Civil Veterinary Dept. Bombay admin report 1907-1913 - 1907-1913
Year: 1907
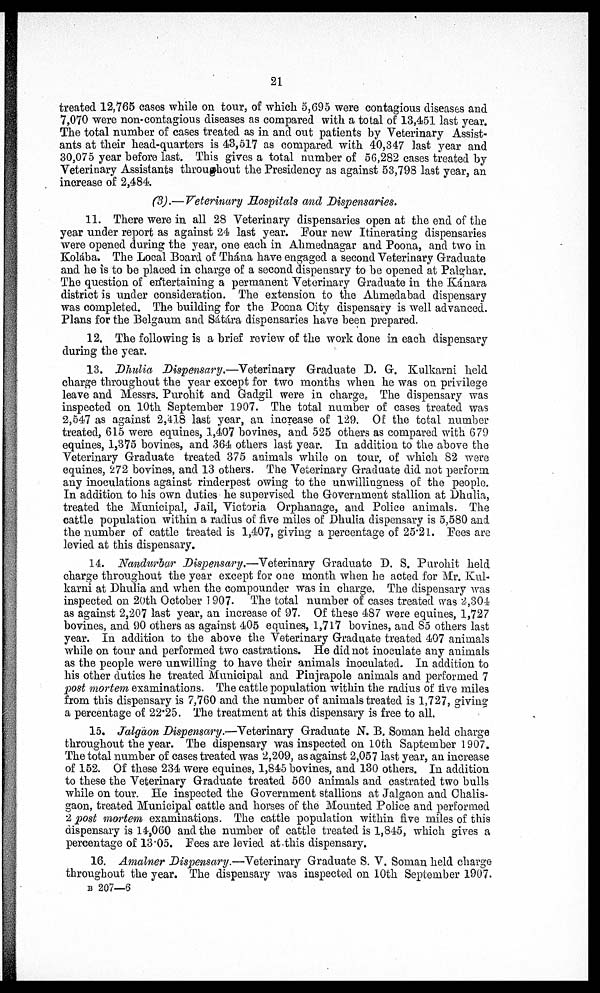
21
treated 12,765 cases while on tour, of which 5,695 were contagious diseases and
7,070 were non-contagious diseases as compared with a total of 13,451 last year.
The total number of cases treated as in and out patients by Veterinary Assist-
ants at their head-quarters is 43,517 as compared with 40,347 last year and
30,075 year before last. This gives a total number of 56,282 cases treated by
Veterinary Assistants throughout the Presidency as against 53,798 last year, an
increase of 2,484.
(3).—Veterinary Hospitals and Dispensaries.
11. There were in all 28 Veterinary dispensaries open at the end of the
year under report as against 24 last year. Four new Itinerating dispensaries
were opened during the year, one each in Ahmednagar and Poona, and two in
Kolába. The Local Board of Thána have engaged a second Veterinary Graduate
and he is to be placed in charge of a second dispensary to be opened at Palghar.
The question of entertaining a permanent Veterinary Graduate in the Kánara
district is under consideration. The extension to the Ahmedabad dispensary
was completed. The building for the Poona City dispensary is well advanced.
Plans for the Belgaum and Sátára dispensaries have been prepared.
12. The following is a brief review of the work done in each dispensary
during the year.
13. Dhulia Dispensary.—Veterinary Graduate D. G. Kulkarni held
charge throughout the year except for two months when he was on privilege
leave and Messrs. Purohit and Gadgil were in charge. The dispensary was
inspected on 10th September 1907. The total number of cases treated was
2,547 as against 2,418 last year, an increase of 129. Of the total number
treated, 615 were equines, 1,407 bovines, and 525 others as compared with 679
equines, 1,375 bovines, and 364 others last year. In addition to the above the
Veterinary Graduate treated 375 animals while on tour, of which 82 were
equines, 272 bovines, and 13 others. The Veterinary Graduate did not perform
any inoculations against rinderpest owing to the unwillingness of the people.
In addition to his own duties he supervised the Government stallion at Dhulia,
treated the Municipal, Jail, Victoria Orphanage, and Police animals. The
cattle population within a radius of five miles of Dhulia dispensary is 5,580 and
the number of cattle treated is 1,407, giving a percentage of 25.21. Fees are
levied at this dispensary.
14. Nandurbar Dispensary.—Veterinary Graduate D. S. Purohit held
charge throughout the year except for one month when he acted for Mr. Kul-
karni at Dhulia and when the compounder was in charge. The dispensary was
inspected on 20th October 1907. The total number of cases treated was 2,304
as against 2,207 last year, an increase of 97. Of these 487 were equines, 1,727
bovines, and 90 others as against 405 equines, 1,717 bovines, and 85 others last
year. In addition to the above the Veterinary Graduate treated 407 animals
while on tour and performed two castrations. He did not inoculate any animals
as the people were unwilling to have their animals inoculated. In addition to
his other duties he treated Municipal and Pinjrapole animals and performed 7
post mortem examinations. The cattle population within the radius of five miles
from this dispensary is 7,760 and the number of animals treated is 1,727, giving
a percentage of 22*25. The treatment at this dispensary is free to all.
15. Jalgaon Dispensary.—Veterinary Graduate N. B. Soman held charge
throughout the year. The dispensary was inspected on 10th Saptember 1907.
The total number of cases treated was 2,209, as against 2,057 last year, an increase
of 152. Of these 234 were equines, 1,845 bovines, and 130 others. In addition
to these the Veterinary Graduate treated 560 animals and castrated two bulls
while on tour. He inspected the Government stallions at Jalgaon and Chalis-
gaon, treated Municipal cattle and horses of the Mounted Police and performed
2 post mortem examinations. The cattle population within five miles of this
dispensary is 14,060 and the number of cattle treated is 1,845, which gives a
percentage of 13.05. Fees are levied at this dispensary.
16. Amalner Dispensary.—Veterinary Graduate S. V. Soman held charge
throughout the year. The dispensary was inspected on 10th September 1907.
B 207—6